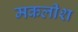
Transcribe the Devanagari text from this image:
मकलीश